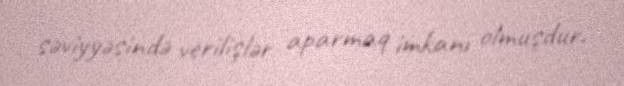
səviyyəsində verilişlər aparmaq imkanı olmuşdur.